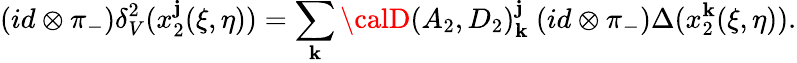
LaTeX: (id\otimes\pi_{-})\delta_{V}^{2}(x_{2}^{\mathbf{j}}(\xi,\eta))=\sum_{\mathbf{k}}{\calD}(A_{2},D_{2})_{\mathbf{k}}^{\mathbf{j}}\ (id\otimes\pi_{-})\Delta(x_{2}^{\mathbf{k}}(\xi,\eta)).